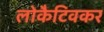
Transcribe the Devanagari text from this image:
लोकैटिवकर